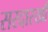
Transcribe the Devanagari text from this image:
सरदारखाँ